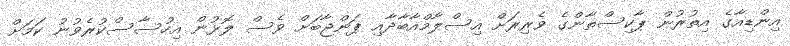
އިންޑިއާގެ އިތުރުން ޕާކިސްތާންގެ ވެރިރަށް އިސްލާމްއާބާދާއި ޕަންޖާބަށް ވެސް ލޮޅުން އިހުސާސްކުރެވުނު ކަމަށް